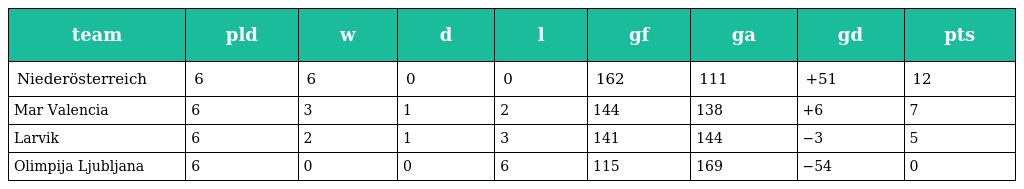
| team | pld | w | d | l | gf | ga | gd | pts |
 | --- | --- | --- | --- | --- | --- | --- | --- | --- |
 | Niederösterreich | 6 | 6 | 0 | 0 | 162 | 111 | +51 | 12 |
 | Mar Valencia | 6 | 3 | 1 | 2 | 144 | 138 | +6 | 7 |
 | Larvik | 6 | 2 | 1 | 3 | 141 | 144 | −3 | 5 |
 | Olimpija Ljubljana | 6 | 0 | 0 | 6 | 115 | 169 | −54 | 0 |